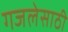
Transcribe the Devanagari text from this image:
गजलेसाठी